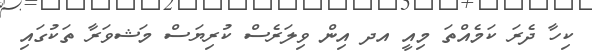
ކިހާ ދެރަ ކަމެއްތަ މިއީ އދ އިން ވިލަރެސް ކުރިޔަސް މަޝވަރާ ތަކުގައި